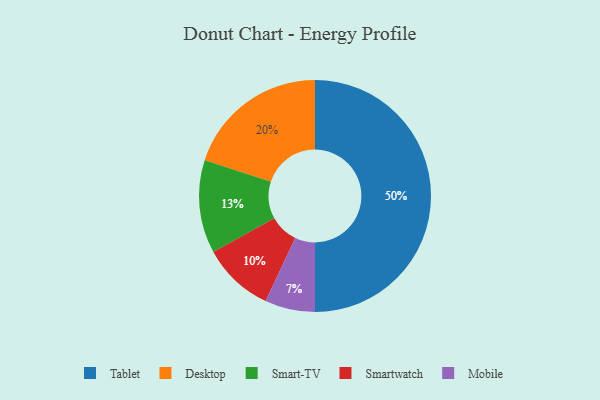
{"axis": {"x": "Category", "y": "Percentage"}, "legend": ["Desktop", "Mobile", "Smart-TV", "Smartwatch", "Tablet"], "data": [{"x": "Smartwatch", "y": 10, "type": "Smartwatch"}, {"x": "Desktop", "y": 20, "type": "Desktop"}, {"x": "Tablet", "y": 50, "type": "Tablet"}, {"x": "Mobile", "y": 7, "type": "Mobile"}, {"x": "Smart-TV", "y": 13, "type": "Smart-TV"}]}